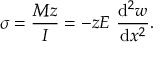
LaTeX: \sigma = { \frac { M z } { I } } = - z E ~ { \frac { \mathrm { d } ^ { 2 } w } { \mathrm { d } x ^ { 2 } } } .